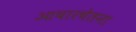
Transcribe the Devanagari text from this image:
आचारचेतना